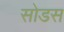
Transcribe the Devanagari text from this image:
सोडस